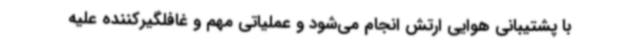
با پشتیبانی هوایی ارتش انجام می‌شود و عملیاتی مهم و غافلگیرکننده علیه